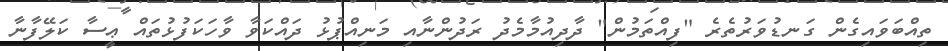
ތިއްބަވައިގެން ގަނޑުވަރުތެރެ "ފިއްތަމުން" ދާދިއުމާމެދު ރަދުންނާއި މަނިއްޕުޅު ދައްކަވާ ވާހަކަފުޅުތައް ޢީސާ ކަލޭފާނާ